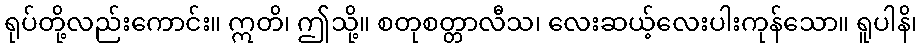
ရုပ်တို့လည်းကောင်း။ ဣတိ၊ ဤသို့။ စတုစတ္တာလီသ၊ လေးဆယ့်လေးပါးကုန်သော။ ရူပါနိ၊